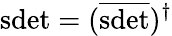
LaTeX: \mathrm{sdet}=(\overline{{{\mathrm{sdet}}}})^{\dagger}